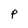
Character: P